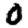
Digit: 0